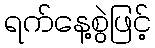
ရက်နေ့စွဲဖြင့်